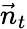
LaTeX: \vec{n}_{t}